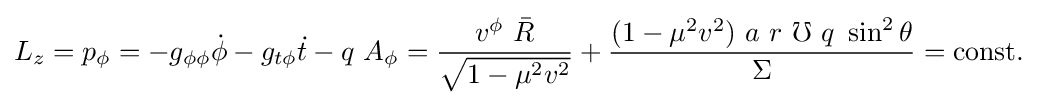
L_{z}=p_{\phi }=-g_{\phi \phi }{\dot {\phi }}-g_{t\phi }{\dot {t}}-q\ A_{\phi }={\frac {v^{\phi }\ {\bar {R}}}{\sqrt {1-\mu ^{2}v^{2}}}}+{\frac {(1-\mu ^{2}v^{2})\ a\ r\ \mho \ q\ \sin ^{2}\theta }{\Sigma }}={\rm {const.}}